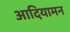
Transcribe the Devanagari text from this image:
आदियामन